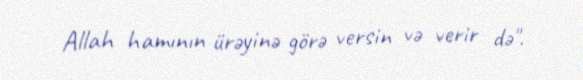
Allah hamının ürəyinə görə versin və verir də".